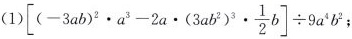
(1)$$\left[(-3ab)^{2}\cdot a^{3}-2a \cdot(3ab^{2})^{3}\cdot \frac{1}{2}b \right] \div 9a^{4}b^{2}$$;